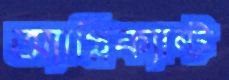
অ্যাপ্লিক্যান্ট